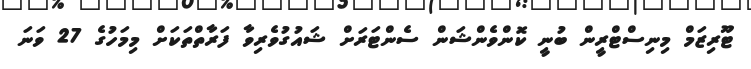
ޓޫރިޒަމް މިނިސްޓްރީން ބުނީ ކޮންވެންޝަން ސެންޓަރަށް ޝައުގުވެރިވާ ފަރާތްތަކަށް މިމަހުގެ 27 ވަނަ